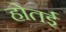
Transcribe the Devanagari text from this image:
होतई